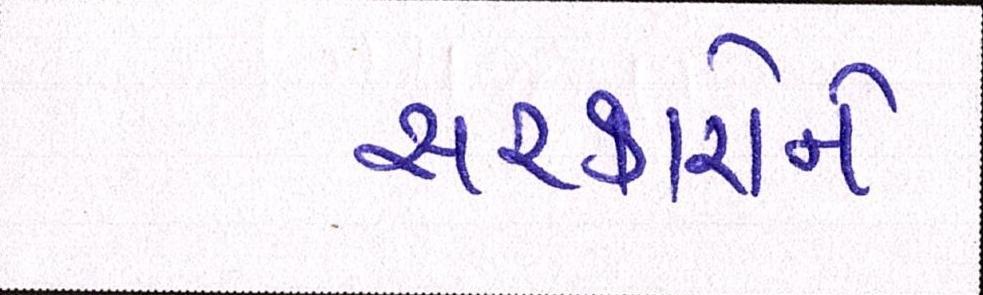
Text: સરકારોને